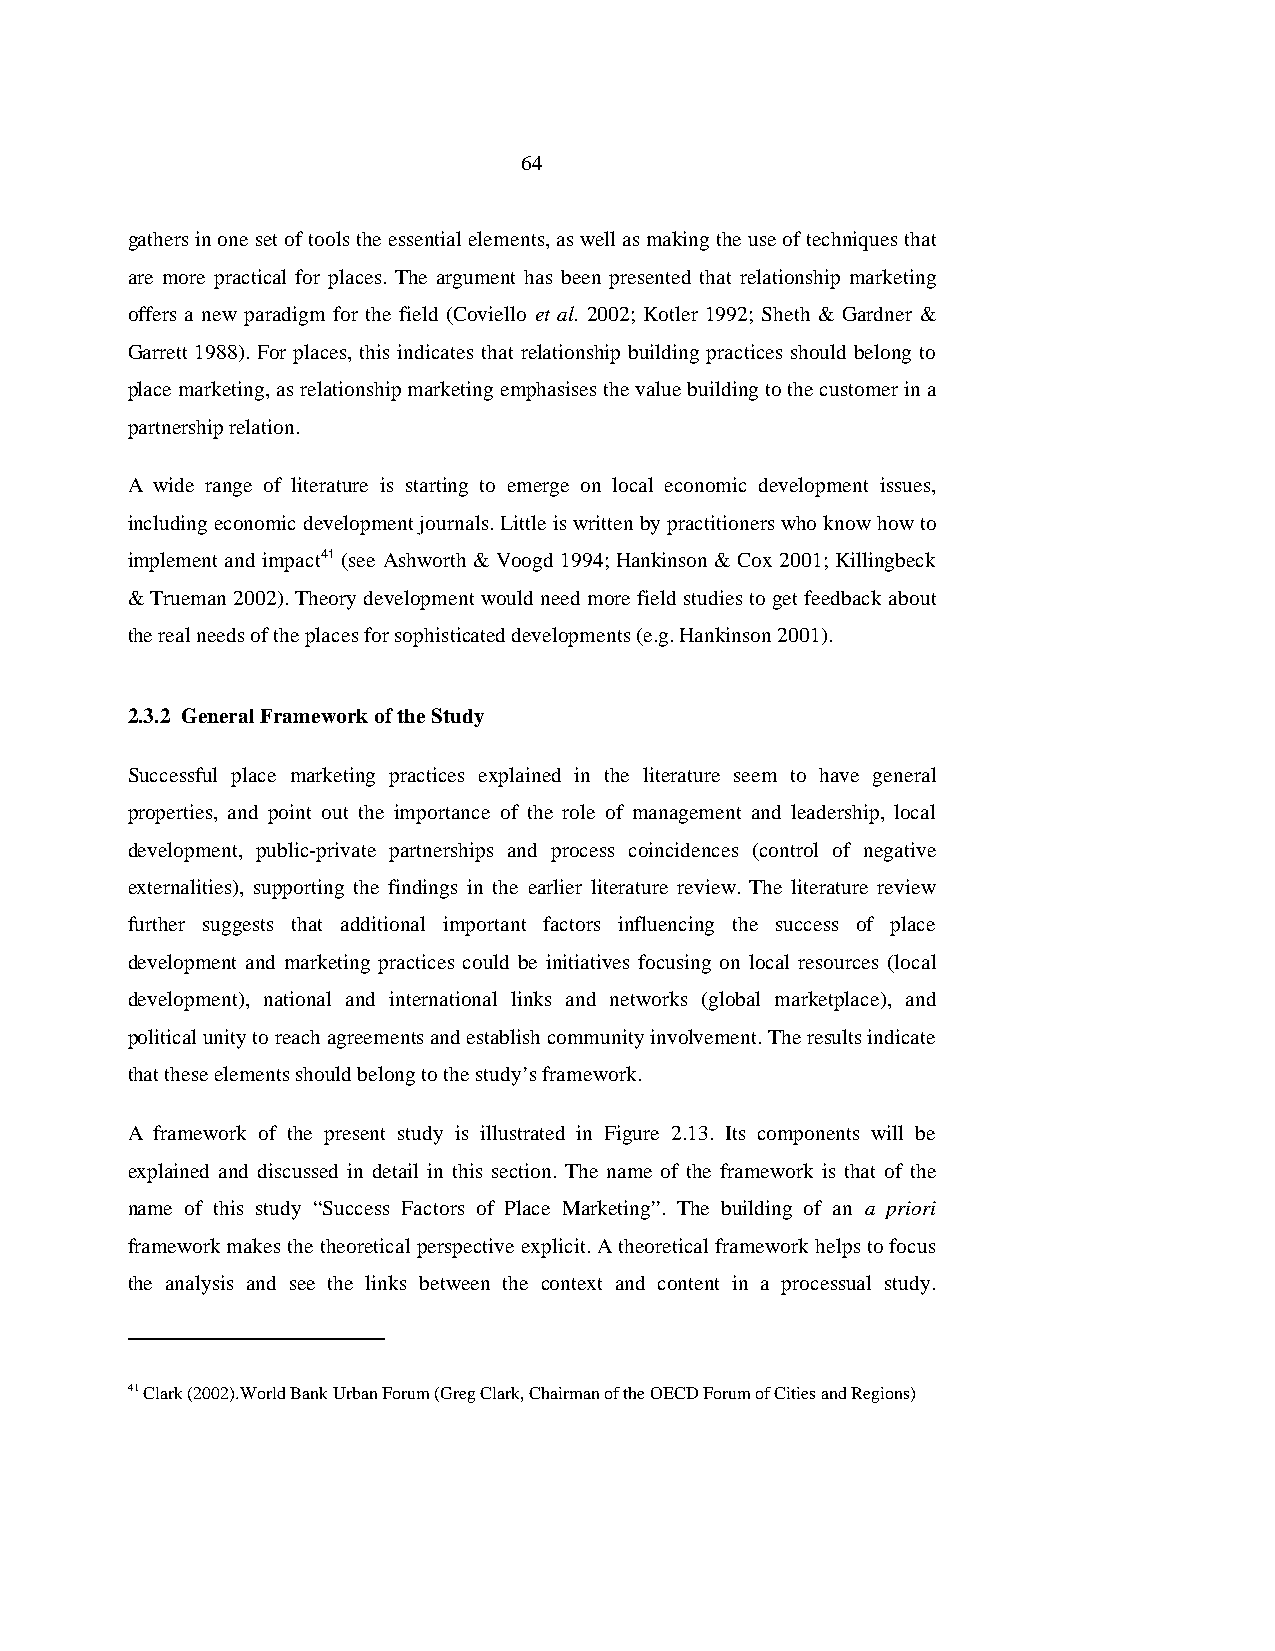
64
 gathers in one set of tools the essential elements, as well as making the use of techniques that
 are more practical for places. The argument has been presented that relationship marketing
 offers a new paradigm for the field (Coviello et al. 2002; Kotler 1992; Sheth & Gardner &
 Garrett 1988). For places, this indicates that relationship building practices should belong to
 place marketing, as relationship marketing emphasises the value building to the customer in a
 partnership relation.
 A wide range of literature is starting to emerge on local economic development issues,
 including economic development journals. Little is written by practitioners who know how to
 implement and impact41 (see Ashworth & Voogd 1994; Hankinson & Cox 2001; Killingbeck
 & Trueman 2002). Theory development would need more field studies to get feedback about
 the real needs of the places for sophisticated developments (e.g. Hankinson 2001).
 2.3.2 General Framework of the Study
 Successful place marketing practices explained in the literature seem to have general
 properties, and point out the importance of the role of management and leadership, local
 development, public-private partnerships and process coincidences (control of negative
 externalities), supporting the findings in the earlier literature review. The literature review
 further suggests that additional important factors influencing the success of place
 development and marketing practices could be initiatives focusing on local resources (local
 development), national and international links and networks (global marketplace), and
 political unity to reach agreements and establish community involvement. The results indicate
 that these elements should belong to the study’s framework.
 A framework of the present study is illustrated in Figure 2.13. Its components will be
 explained and discussed in detail in this section. The name of the framework is that of the
 name of this study “Success Factors of Place Marketing”. The building of an a priori
 framework makes the theoretical perspective explicit. A theoretical framework helps to focus
 the analysis and see the links between the context and content in a processual study.
 41 Clark (2002).World Bank Urban Forum (Greg Clark, Chairman of the OECD Forum of Cities and Regions)